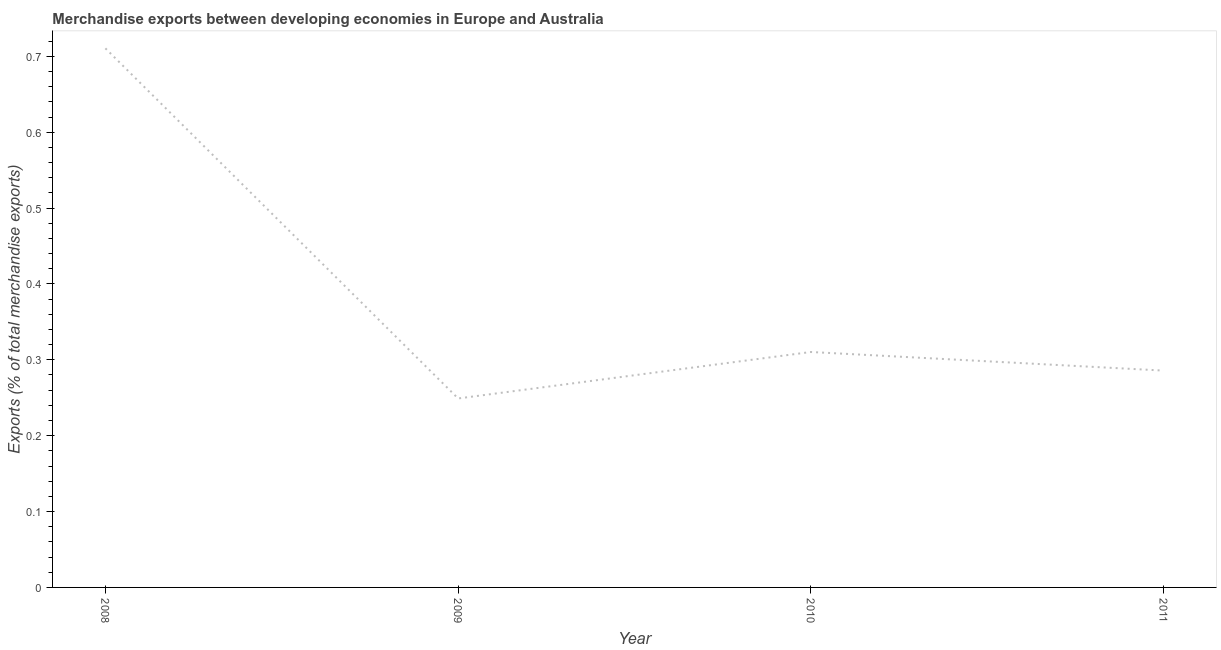
| Year | Merchandise Exports |
 | --- | --- |
 | 2008 | 0.711 |
 | 2009 | 0.249 |
 | 2010 | 0.31 |
 | 2011 | 0.286 |